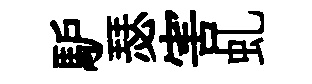
馿瑟害虬